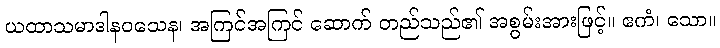
ယထာသမာဒါနဝသေန၊ အကြင်အကြင် ဆောက် တည်သည်၏ အစွမ်းအားဖြင့်။ ဧကံ၊ သော။